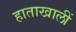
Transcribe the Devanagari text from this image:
हाताखालीं